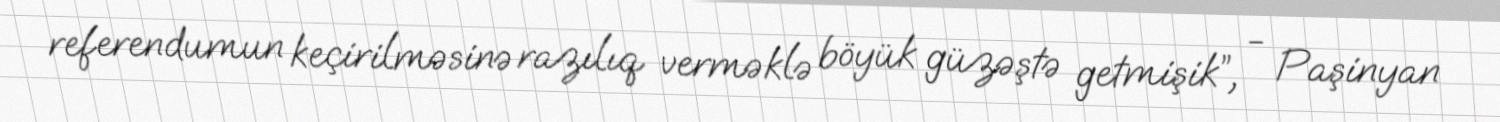
referendumun keçirilməsinə razılıq verməklə böyük güzəştə getmişik”, - Paşinyan